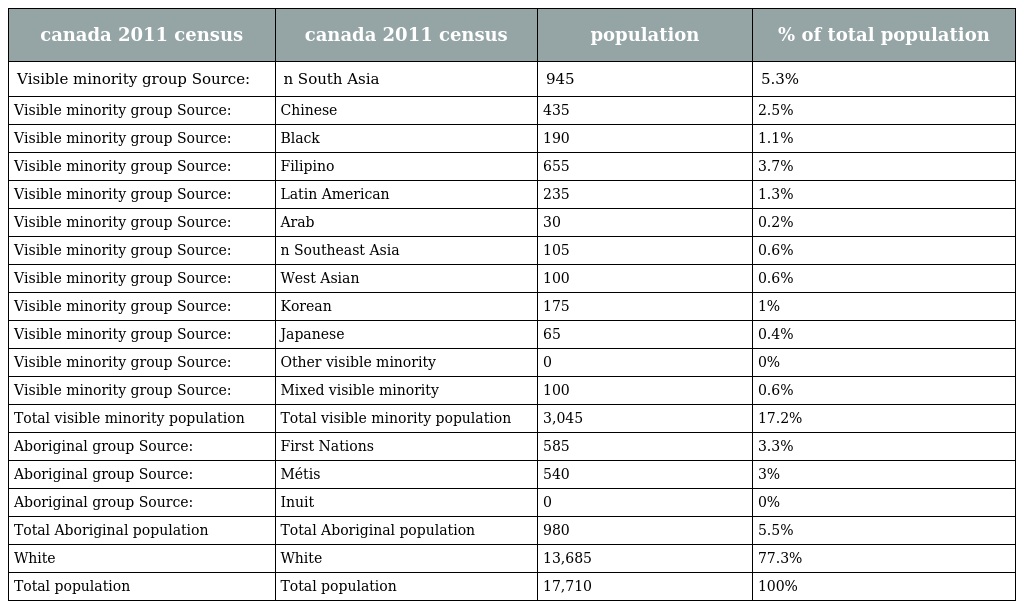
| canada 2011 census | canada 2011 census | population | % of total population |
 | --- | --- | --- | --- |
 | Visible minority group Source: | n South Asia | 945 | 5.3% |
 | Visible minority group Source: | Chinese | 435 | 2.5% |
 | Visible minority group Source: | Black | 190 | 1.1% |
 | Visible minority group Source: | Filipino | 655 | 3.7% |
 | Visible minority group Source: | Latin American | 235 | 1.3% |
 | Visible minority group Source: | Arab | 30 | 0.2% |
 | Visible minority group Source: | n Southeast Asia | 105 | 0.6% |
 | Visible minority group Source: | West Asian | 100 | 0.6% |
 | Visible minority group Source: | Korean | 175 | 1% |
 | Visible minority group Source: | Japanese | 65 | 0.4% |
 | Visible minority group Source: | Other visible minority | 0 | 0% |
 | Visible minority group Source: | Mixed visible minority | 100 | 0.6% |
 | Total visible minority population | Total visible minority population | 3,045 | 17.2% |
 | Aboriginal group Source: | First Nations | 585 | 3.3% |
 | Aboriginal group Source: | Métis | 540 | 3% |
 | Aboriginal group Source: | Inuit | 0 | 0% |
 | Total Aboriginal population | Total Aboriginal population | 980 | 5.5% |
 | White | White | 13,685 | 77.3% |
 | Total population | Total population | 17,710 | 100% |